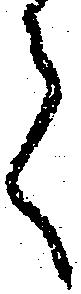
て